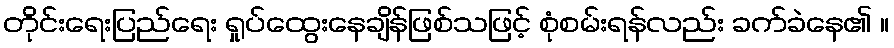
တိုင်းရေးပြည်ရေး ရှုပ်ထွေးနေချိန်ဖြစ်သဖြင့် စုံစမ်းရန်လည်း ခက်ခဲနေ၏ ။